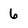
Character: 6